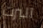
آلبرت